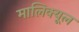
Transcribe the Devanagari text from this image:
मालिक्यूल